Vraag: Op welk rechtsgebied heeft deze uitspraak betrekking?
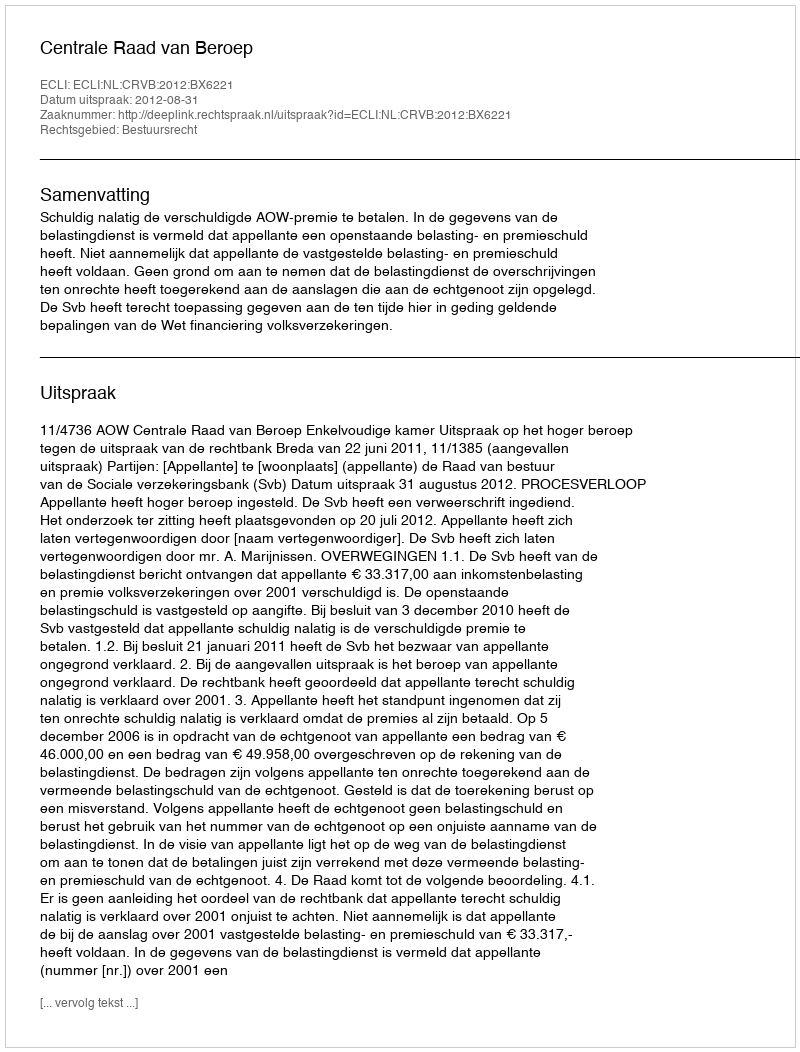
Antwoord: Bestuursrecht